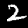
Digit: 2